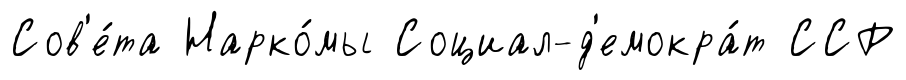
Сов'е́та Нарко́мы Социал-д'емокра́т ССР